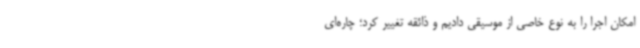
امکان اجرا را به نوع خاصی از موسیقی دادیم و ذائقه تغییر کرد؛ چاره‌ای